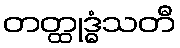
တတ္ထုဒ္ဓံသတီ